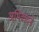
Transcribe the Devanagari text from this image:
अभिवादने